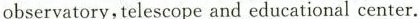
observatory, telescope and educational center.